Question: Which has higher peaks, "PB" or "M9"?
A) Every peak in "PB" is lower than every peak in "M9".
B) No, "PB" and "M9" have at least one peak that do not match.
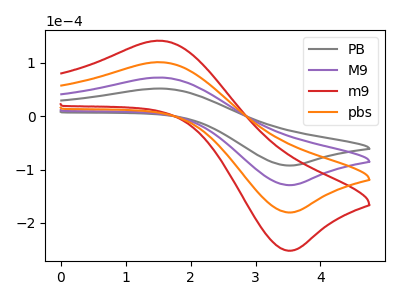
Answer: <think>The gray curve "PB" has an anodic peak at (1.55V, 51.85uA) and a cathodic peak at (3.50V, -92.35uA). The purple curve "M9" has an anodic peak at (1.55V, 72.45uA) and a cathodic peak at (3.50V, -129.05uA). The red curve "m9" has an anodic peak at (1.55V, 217.35uA) and a cathodic peak at (3.50V, -387.10uA). The orange curve "pbs" has an anodic peak at (1.55V, 144.90uA) and a cathodic peak at (3.50V, -258.05uA).</think>
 <answer>A) Every peak in "PB" is lower than every peak in "M9".</answer>
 <eval>A</eval>